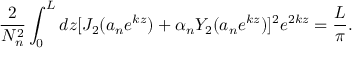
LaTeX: \frac { 2 } { N _ { n } ^ { 2 } } \int _ { 0 } ^ { L } d z [ J _ { 2 } ( a _ { n } e ^ { k z } ) + \alpha _ { n } Y _ { 2 } ( a _ { n } e ^ { k z } ) ] ^ { 2 } e ^ { 2 k z } = \frac { L } { \pi } .